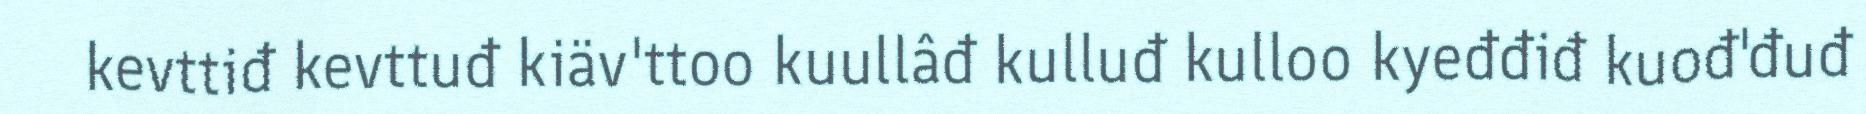
kevttiđ kevttuđ kiäv'ttoo kuullâđ kulluđ kulloo kyeđđiđ kuođ'đuđ